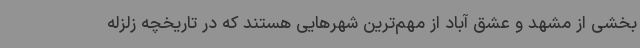
بخشی از مشهد و عشق آباد از مهم‌ترین شهرهایی هستند که در تاریخچه زلزله